Annual report of the Punjab Veterinary College and of the Civil Veterinary Department, Punjab - 1926-1932
Year: 1926
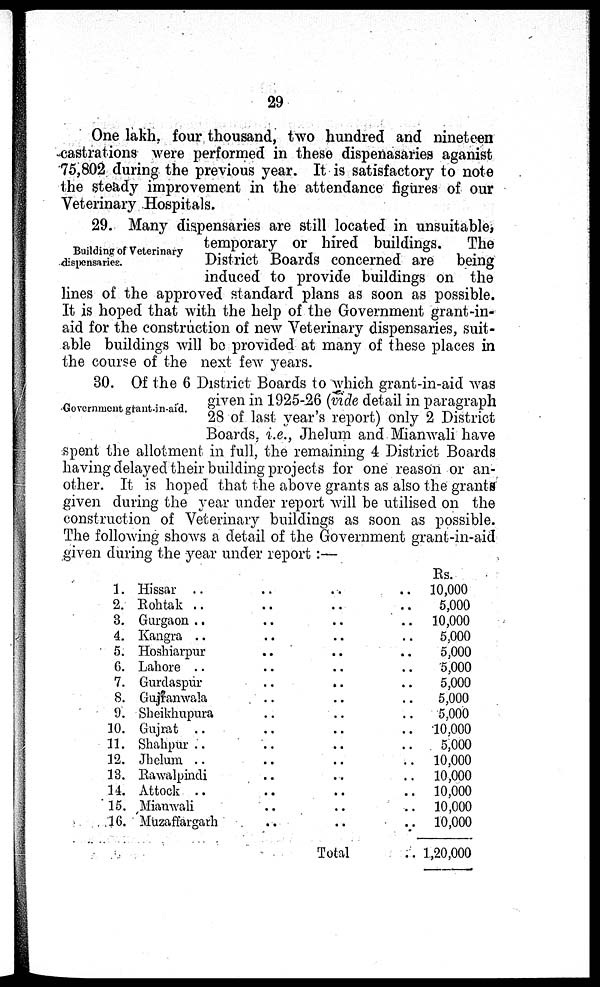
29
One lakh, four thousand, two hundred and nineteen
castrations were performed in these dispenasaries aganist
75,802 during the previous year. It is satisfactory to note
the steady improvement in the attendance figures of our
Veterinary Hospitals.
Building of Veterinary
dispensaries.
29. Many dispensaries are still located in unsuitable,
temporary or hired buildings.
The
District Boards concerned are
being
induced to provide buildings on the
lines of the approved standard plans as soon as possible.
It is hoped that with the help of the Government grant-in-
aid for the construction of new Veterinary dispensaries, suit-
able buildings will be provided at many of these places in
the course of the next few years.
Government grant-in-aid.
30. Of the 6 District Boards to which grant-in-aid was
given in 1925-26 (vide detail in paragraph
28 of last year's report) only 2 District
Boards, i.e., Jhelum and Mianwali have
spent the allotment in full, the remaining 4 District Boards
having delayed their building projects for one reason or an-
other. It is hoped that the above grants as also the grants
given during the year under report will be utilised on the
construction of Veterinary buildings as soon as possible.
The following shows a detail of the Government grant-in-aid
given during the year under report:—
1.
2.
3.
4.
5.
6.
7.
8.
9.
10.
11.
12.
13.
14.
15.
16.
Hissar .. .. .. ..
Rohtak .. .. .. ..
Gurgaon .. .. .. ..
Kangra .. .. .. ..
Hoshiarpur .. .. ..
Lahore .. .. .. ..
Gurdaspur
..
.. ..
Gujranwala .. .. ..
Sheikhupura .. .. ..
Gujrat .. .. .. ..
Shahpur .. .. .. ..
Jhelum .. .. .. ..
Rawalpindi .. .. ..
Attock .. .. .. ..
Mianwali .. .. ..
Muzaffargarh .. .. ..
Total ..
Rs.
10,000
5.000
10,000
5,000
5,000
5,000
5,000
5,000
5.000
10,000
5,000
10,000
10,000
10,000
10,000
10,000
1,20,000